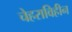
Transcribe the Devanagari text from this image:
चेहराविहीन